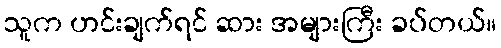
သူက ဟင်းချက်ရင် ဆား အများကြီး ခပ်တယ်။